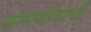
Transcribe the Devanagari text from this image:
समस्यांवरची